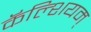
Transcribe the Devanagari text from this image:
कॅल्शियम्